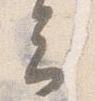
云